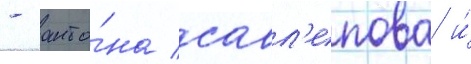
- анто́на савл'епова и́